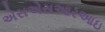
એસએસઆરઆઇ